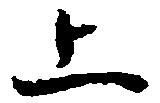
上